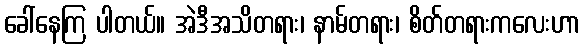
ခေါ်နေကြ ပါတယ်။ အဲဒီအသိတရား၊ နာမ်တရား၊ စိတ်တရားကလေးဟာ